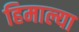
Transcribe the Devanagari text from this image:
हिमाल्या